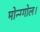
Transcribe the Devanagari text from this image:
मोन्ग्गोल।